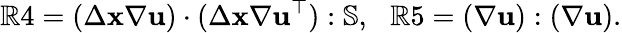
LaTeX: \mathbb{R}4=(\Delta\mathbf{{x}}\nabla\mathbf{{u}})\cdot(\Delta\mathbf{{x}}\nabla\mathbf{{u}}^{\top}):\mathbb{{{S}}},\, ~~\mathbb{R}5=(\nabla\mathbf{{u}}):(\nabla\mathbf{{u}}).